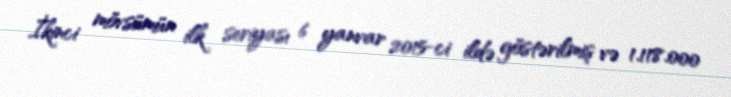
İkinci mövsümün ilk seriyası 6 yanvar 2015-ci ildə göstərilmiş və 1.118.000